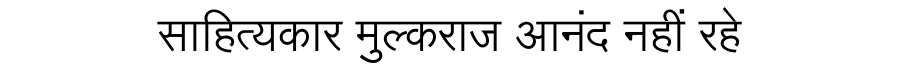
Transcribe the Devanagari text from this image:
साहित्यकार मुल्कराज आनंद नहीं रहे